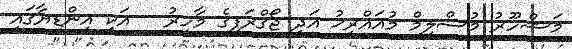
މަޝްހޫރު މުސްލިމް މުއައްރިޚު އަދި ޖޯގްރަފީގެ މާހިރު   އަކީ އިންޑިޔާގައި